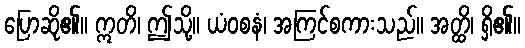
ပြောဆို၏။ ဣတိ၊ ဤသို့။ ယံဝစနံ၊ အကြင်စကားသည်။ အတ္ထိ၊ ရှိ၏။